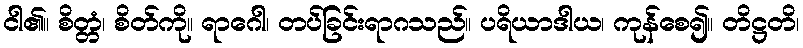
ငါ၏။ စိတ္တံ၊ စိတ်ကို။ ရာဂေါ၊ တပ်ခြင်းရာဂသည်။ ပရိယာဒါယ၊ ကုန်စေ၍။ တိဋ္ဌတိ၊